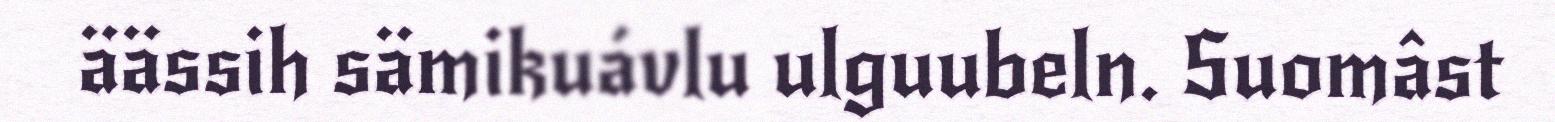
äässih sämikuávlu ulguubeln. Suomâst